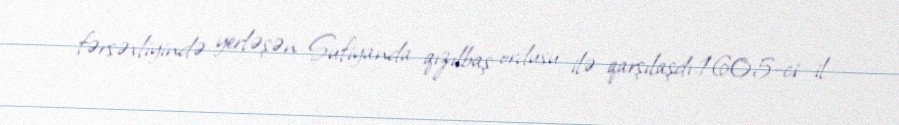
fərsəxliyində yerləşən Sufiyanda qızılbaş ordusu ilə qarşılaşdı.1605-ci il